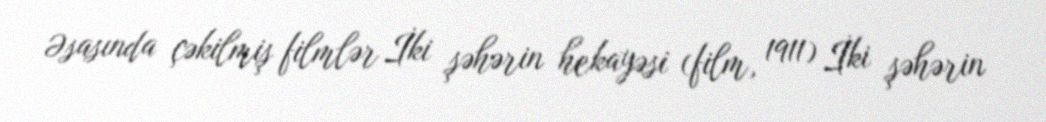
Əsasında çəkilmiş filmlər İki şəhərin hekayəsi (film, 1911) İki şəhərin